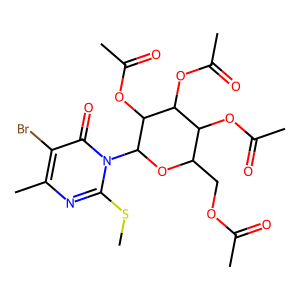
SMILES: CSc1nc(C)c(Br)c(=O)n1C1OC(COC(C)=O)C(OC(C)=O)C(OC(C)=O)C1OC(C)=O
Inhibits HIV replication: No